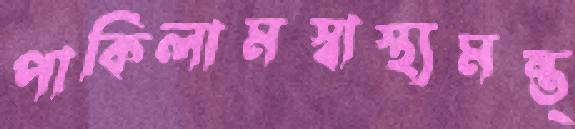
পাকিলামস্বাস্থ্যমন্ত্